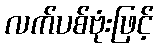
လက်ပစ်ဗုံးဖြင့်